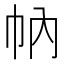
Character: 𢁩